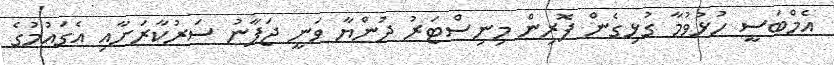
އެމްބަސީ ހުޅުވުމާ ގުޅިގެން ފޮރިން މިނިސްޓަރު ދުންޔާ ވަނީ ޖަޕާނު ސަރުކާރަށާއި އެގައުމުގެ